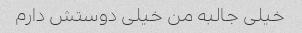
خیلی جالبه من خیلی دوستش دارم